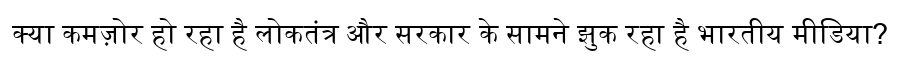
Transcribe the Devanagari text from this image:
क्या कमज़ोर हो रहा है लोकतंत्र और सरकार के सामने झुक रहा है भारतीय मीडिया?